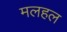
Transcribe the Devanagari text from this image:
मलहल